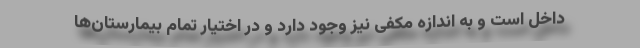
داخل است و به اندازه مکفی نیز وجود دارد و در اختیار تمام بیمارستان‌ها